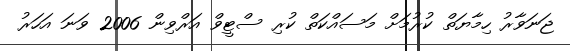
ޖަނަވާރު ހިމާޔަތް ކުރުމަށް މަސައްކަތް ކުރި ސްޓީވް އަރްވިން 2006 ވަނަ އަހަރު